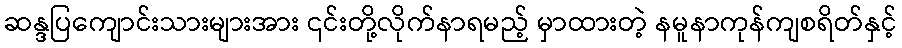
ဆန္ဒပြကျောင်းသားများအား ၎င်းတို့လိုက်နာရမည့် မှာထားတဲ့ နမူနာကုန်ကျစရိတ်နှင့်